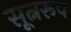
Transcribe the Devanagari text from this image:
सूत्नरूप